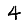
Digit: 4